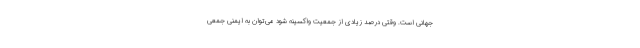
جهانی است. وقتی درصد زیادی از جمعیت واکسینه شود می‌توان به ایمنی جمعی